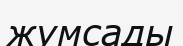
жумсады